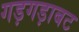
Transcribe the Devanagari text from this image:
गड़गड़ाबट